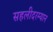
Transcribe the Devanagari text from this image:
सहलीदरम्यान